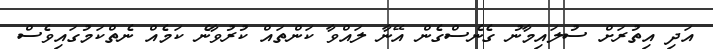
އަދި އިތުރަށް ސުލައިމާނު ގެނެސްގެން އޭނާ ލައްވާ ކަންތައް ކުރުވާނެ ކަމެއް ނެތްކަމުގައިވެސް